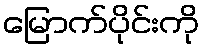
မြောက်ပိုင်းကို